65_HS1-834228961_62-HQ-83894_Section_4
Agency: FBI
Page 121
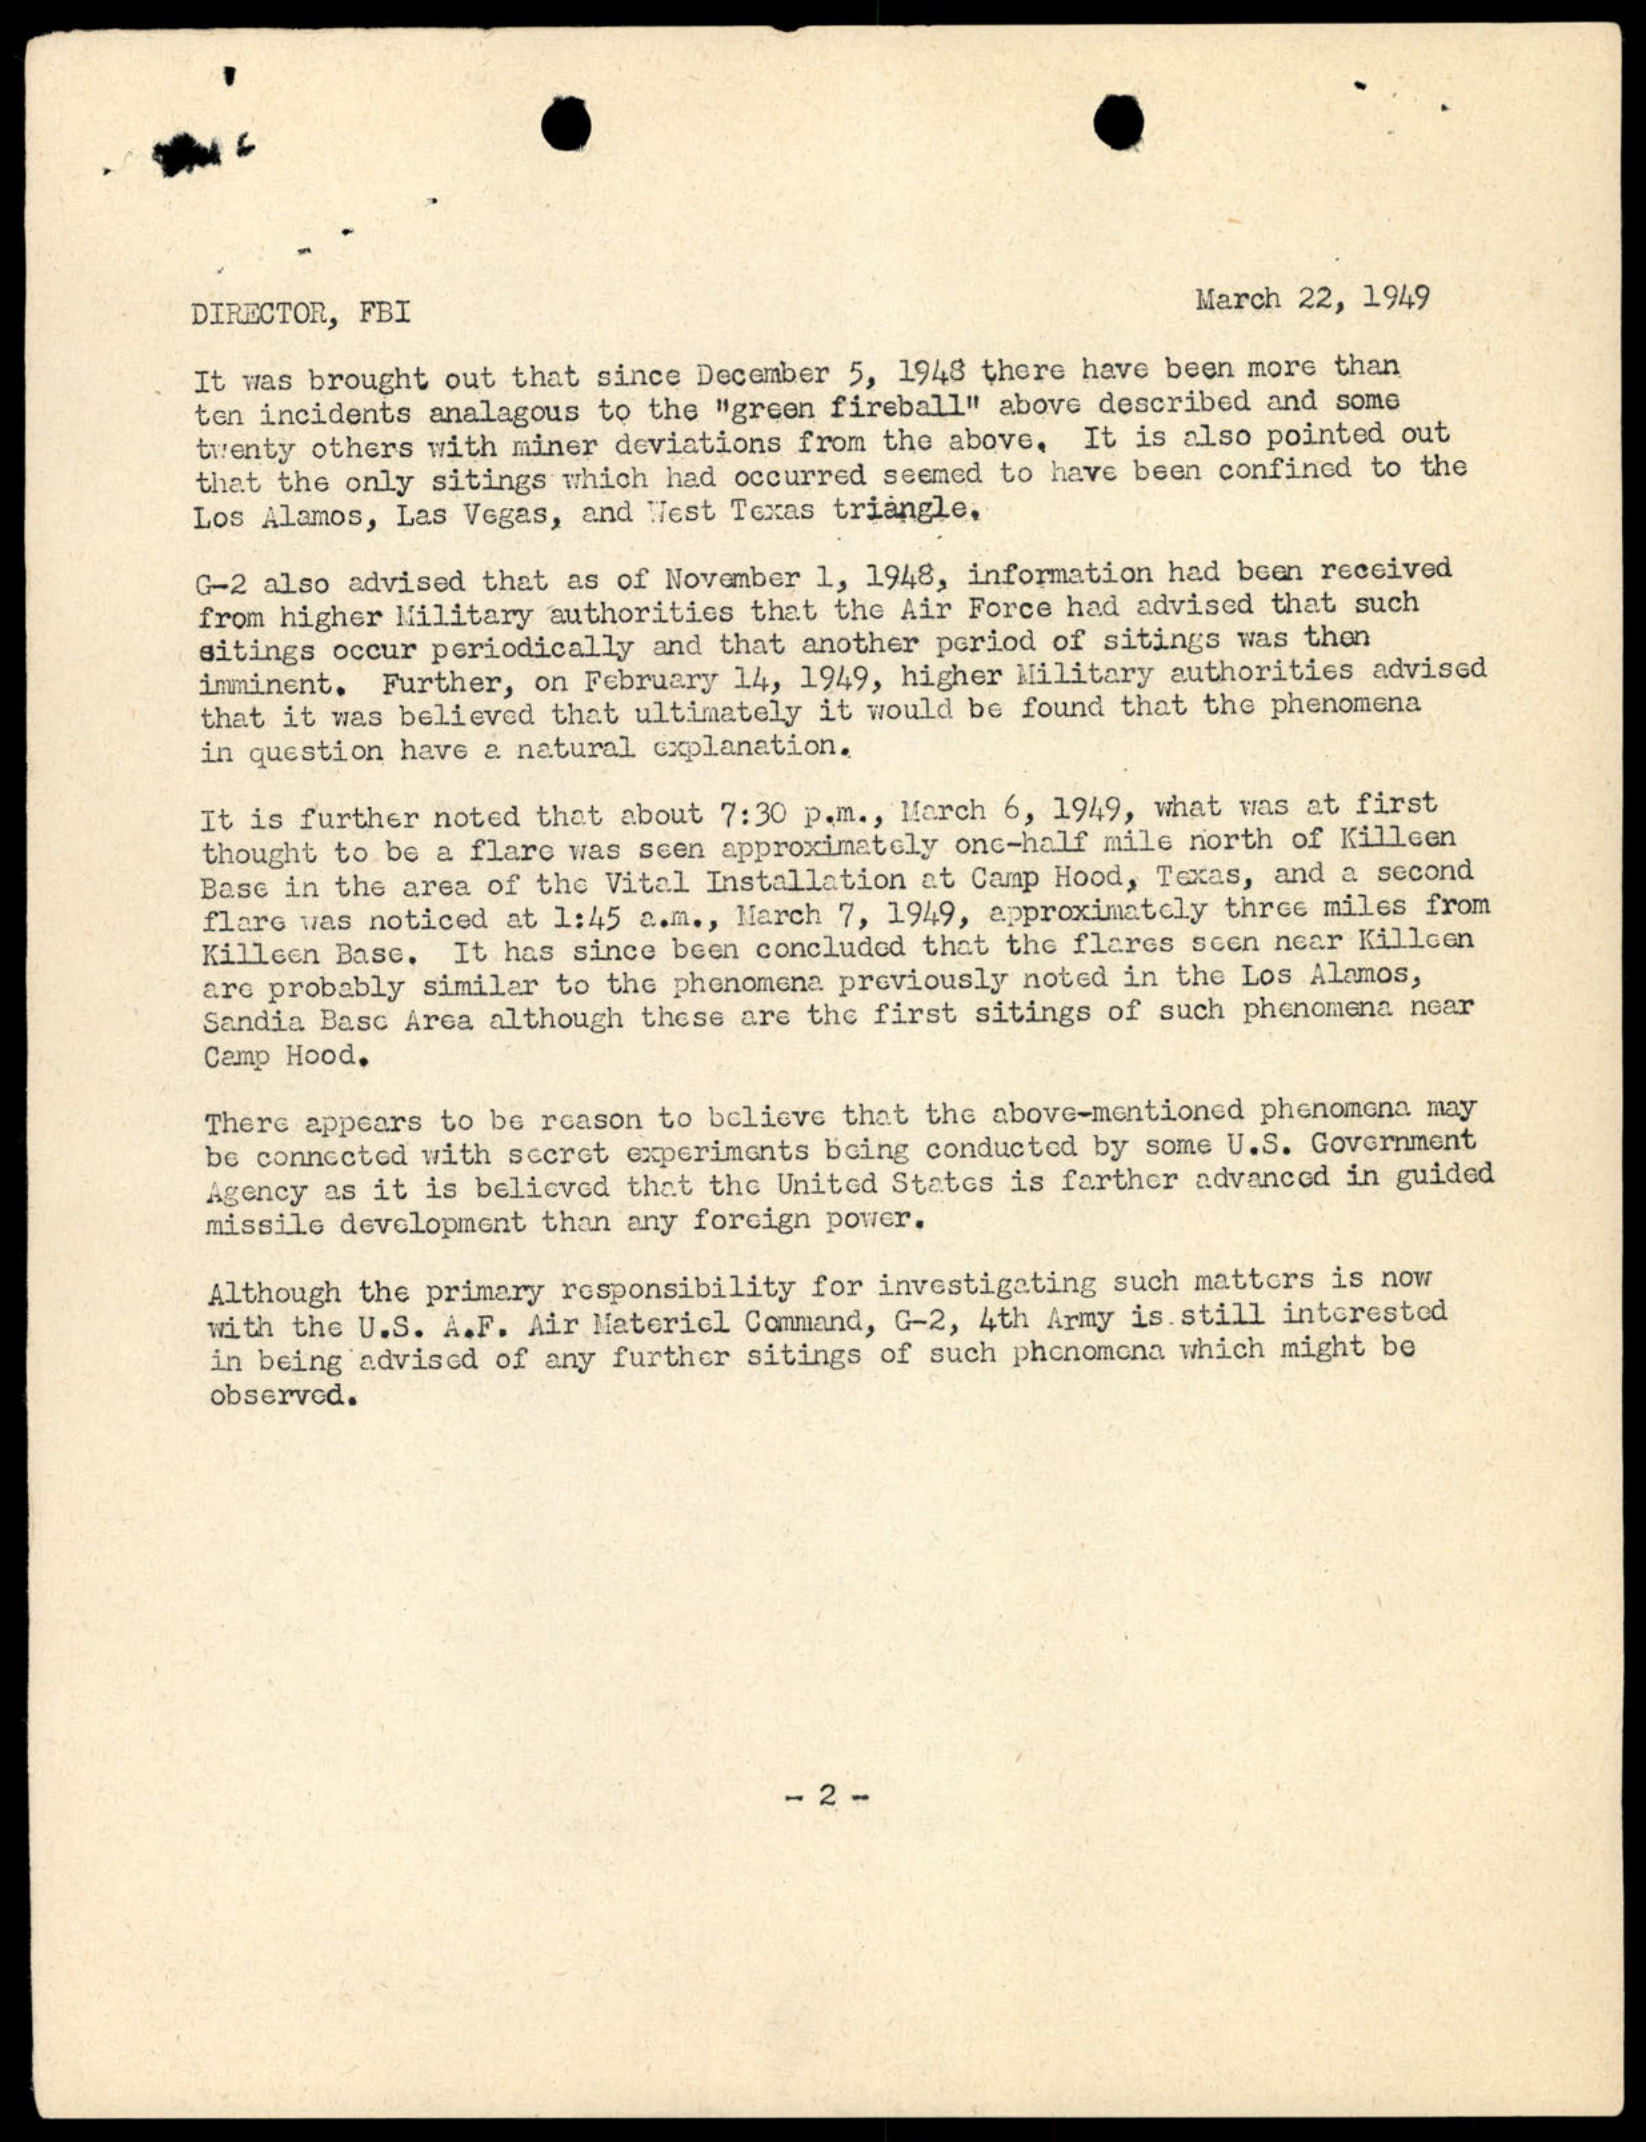